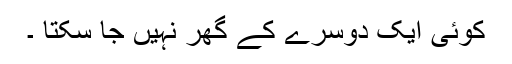
کوئی ایک دوسرے کے گھر نہیں جا سکتا ۔